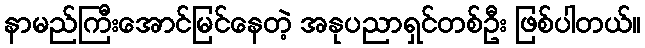
နာမည်ကြီးအောင်မြင်နေတဲ့ အနုပညာရှင်တစ်ဦး ဖြစ်ပါတယ်။